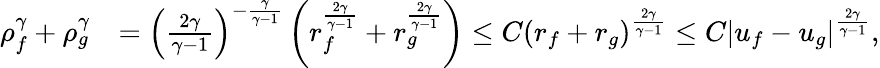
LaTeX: \begin{array}{rl}{\rho_{f}^{\gamma}+\rho_{g}^{\gamma}}&{=\left(\frac{2\gamma}{\gamma-1}\right)^{-\frac{\gamma}{\gamma-1}}\left(r_{f}^{\frac{2\gamma}{\gamma-1}}+r_{g}^{\frac{2\gamma}{\gamma-1}}\right)\le C\left(r_{f}+r_{g}\right)^{\frac{2\gamma}{\gamma-1}}\le C\left|u_{f}-u_{g}\right|^{\frac{2\gamma}{\gamma-1}},}\end{array}